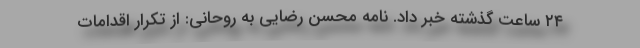
۲۴ ساعت گذشته خبر داد. نامه محسن رضایی به روحانی: از تکرار اقدامات